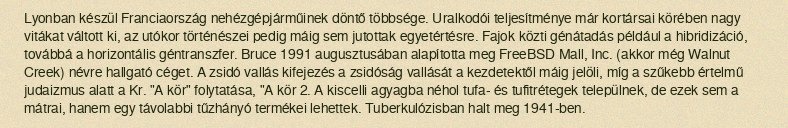
Lyonban készül Franciaország nehézgépjárműinek döntő többsége. Uralkodói teljesítménye már kortársai körében nagy vitákat váltott ki, az utókor történészei pedig máig sem jutottak egyetértésre. Fajok közti génátadás például a hibridizáció, továbbá a horizontális géntranszfer. Bruce 1991 augusztusában alapította meg FreeBSD Mall, Inc. (akkor még Walnut Creek) névre hallgató céget. A zsidó vallás kifejezés a zsidóság vallását a kezdetektől máig jelöli, míg a szűkebb értelmű judaizmus alatt a Kr. "A kör" folytatása, "A kör 2. A kiscelli agyagba néhol tufa- és tufitrétegek települnek, de ezek sem a mátrai, hanem egy távolabbi tűzhányó termékei lehettek. Tuberkulózisban halt meg 1941-ben.